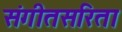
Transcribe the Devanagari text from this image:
संगीतसरिता